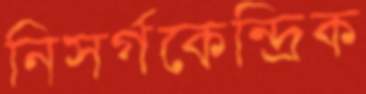
নিসর্গকেন্দ্রিক